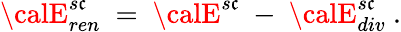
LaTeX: {\calE}_{ren}^{s\mathfrak{c}}\ =\ {\calE}^{s\mathfrak{c}}\ -\ {\calE}_{div}^{s\mathfrak{c}}\ .